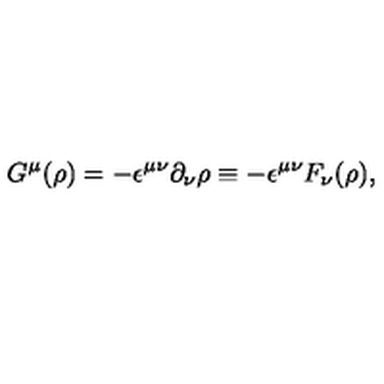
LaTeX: G ^ { \mu } ( \rho ) = - { \epsilon } ^ { { \mu } { \nu } } { \partial } _ { \nu } { \rho } \equiv - { \epsilon } ^ { { \mu } { \nu } } F _ { \nu } ( { \rho } ) ,